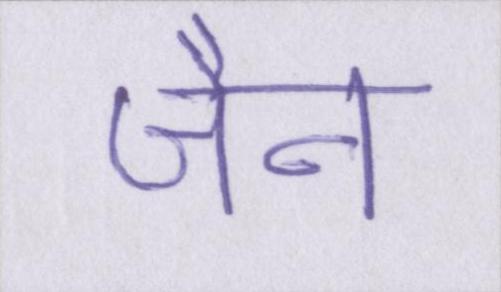
जैन